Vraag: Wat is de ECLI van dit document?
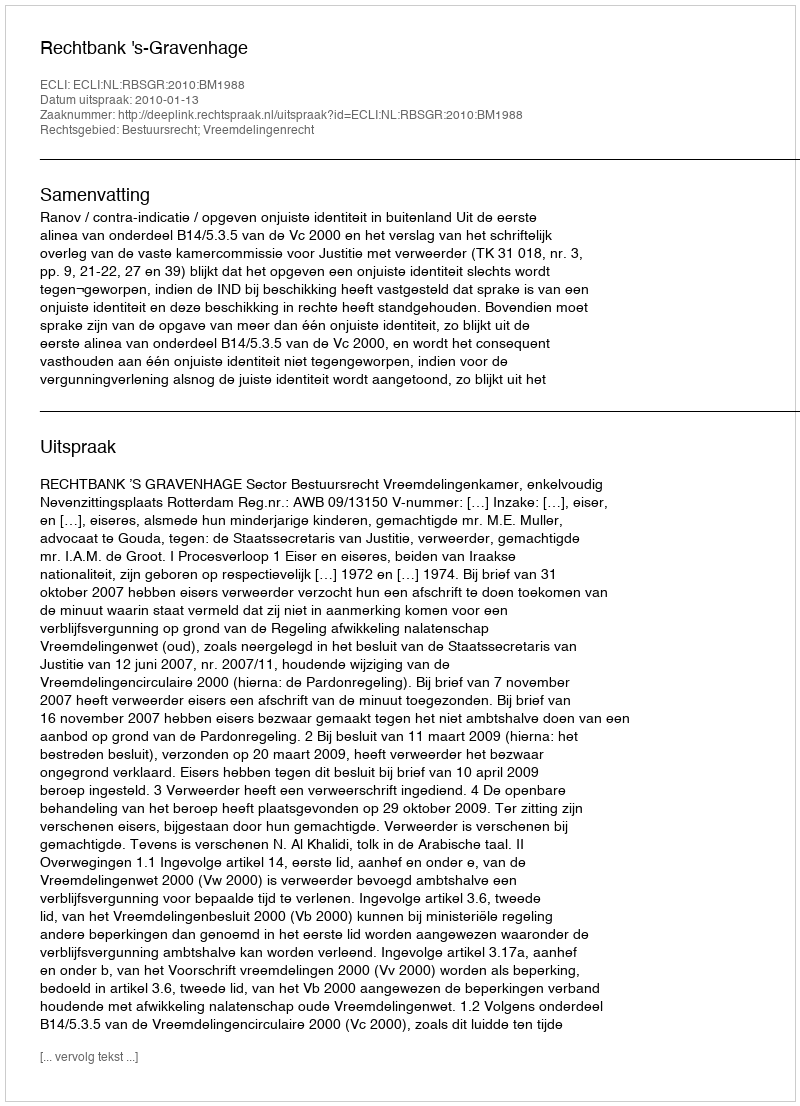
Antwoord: ECLI:NL:RBSGR:2010:BM1988